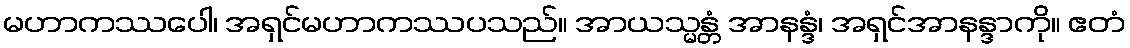
မဟာကဿပေါ၊ အရှင်မဟာကဿပသည်။ အာယသ္မန္တံ အာနန္ဒံ၊ အရှင်အာနန္ဒာကို။ ဧတံ